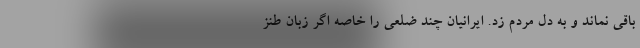
باقی نماند و به دل مردم زد. ایرانیان چند ضلعی را خاصه اگر زبان طنز